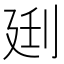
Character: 𰄰